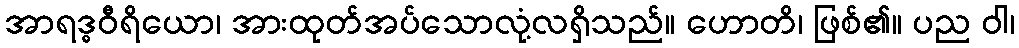
အာရဒ္ဓဝီရိယော၊ အားထုတ်အပ်သောလုံ့လရှိသည်။ ဟောတိ၊ ဖြစ်၏။ ပည ဝါ၊